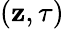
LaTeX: (\mathbf{z},\tau)